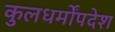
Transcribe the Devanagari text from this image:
कुलधर्मोंपदेश